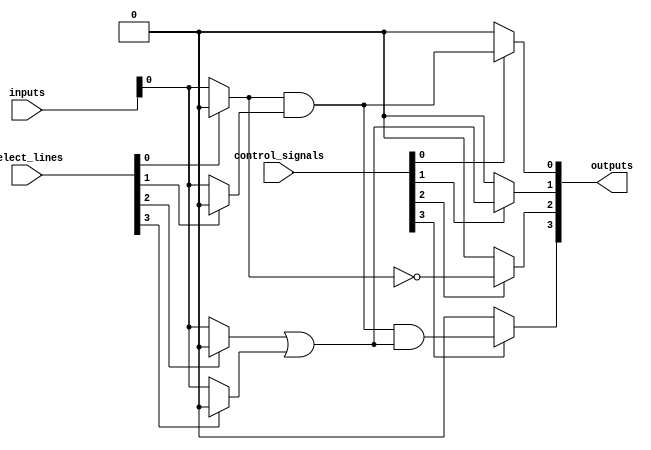
module combinational_logic_block (
    input wire [N-1:0] inputs,        // Logic variables (N inputs)
    input wire [M-1:0] select_lines,   // Select lines for multiplexers
    input wire [M-1:0] control_signals, // Control signals for configuring logic
    output wire [P-1:0] outputs        // Logic outputs (P outputs)
);

parameter N = 8; // Number of inputs
parameter M = 4; // Number of multiplexers
parameter P = 4; // Number of outputs

// Internal signals
wire [N-1:0] mux_out [M-1:0]; // Output of multiplexers
wire [P-1:0] logic_out;        // Output of logic gates

// Input multiplexers
genvar i;
generate
    for (i = 0; i < M; i = i + 1) begin : mux_block
        assign mux_out[i] = (select_lines[i] == 1'b0) ? inputs : {N{1'b0}}; // Simple MUX logic
    end
endgenerate

// Logic gates (AND, OR, NOT for simplicity)
assign logic_out[0] = mux_out[0] & mux_out[1]; // Example AND gate
assign logic_out[1] = mux_out[2] | mux_out[3]; // Example OR gate
assign logic_out[2] = ~mux_out[0];              // Example NOT gate
assign logic_out[3] = logic_out[0] & logic_out[1]; // Complex logic combining outputs

// Programmable interconnects
generate
    for (i = 0; i < P; i = i + 1) begin : output_logic
        assign outputs[i] = (control_signals[i]) ? logic_out[i] : 1'b0; // Controlled output
    end
endgenerate

// Feedback paths (optional) can be included as needed
// For example, feeding output back to inputs (not shown here for simplicity)

// Power management and testing features are typically included at a higher level
// but could include enabling/disabling certain gates based on control signals.

endmodule